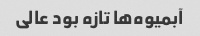
آبمیوه‌ها تازه بود عالی